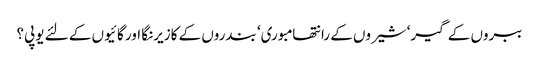
ببروں کے گیر‘ شیروں کے رانتھامبوری‘ بندروں کے کازیرنگا اور گائیوں کے لئے یوپی؟